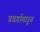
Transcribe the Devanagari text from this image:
प्रवर्गामधून